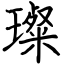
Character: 璨